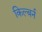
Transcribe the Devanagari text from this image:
किल्बर्न